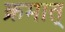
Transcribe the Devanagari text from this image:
क्रमात्